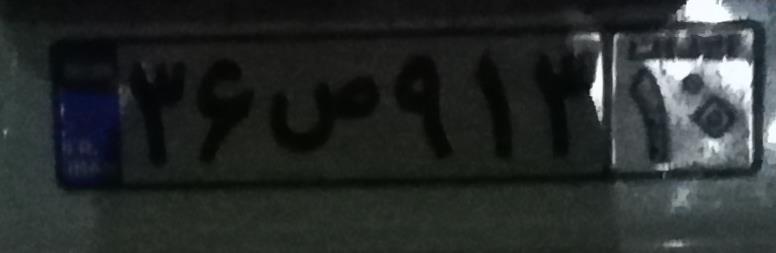
۳۶ص۹۱۳۱۰